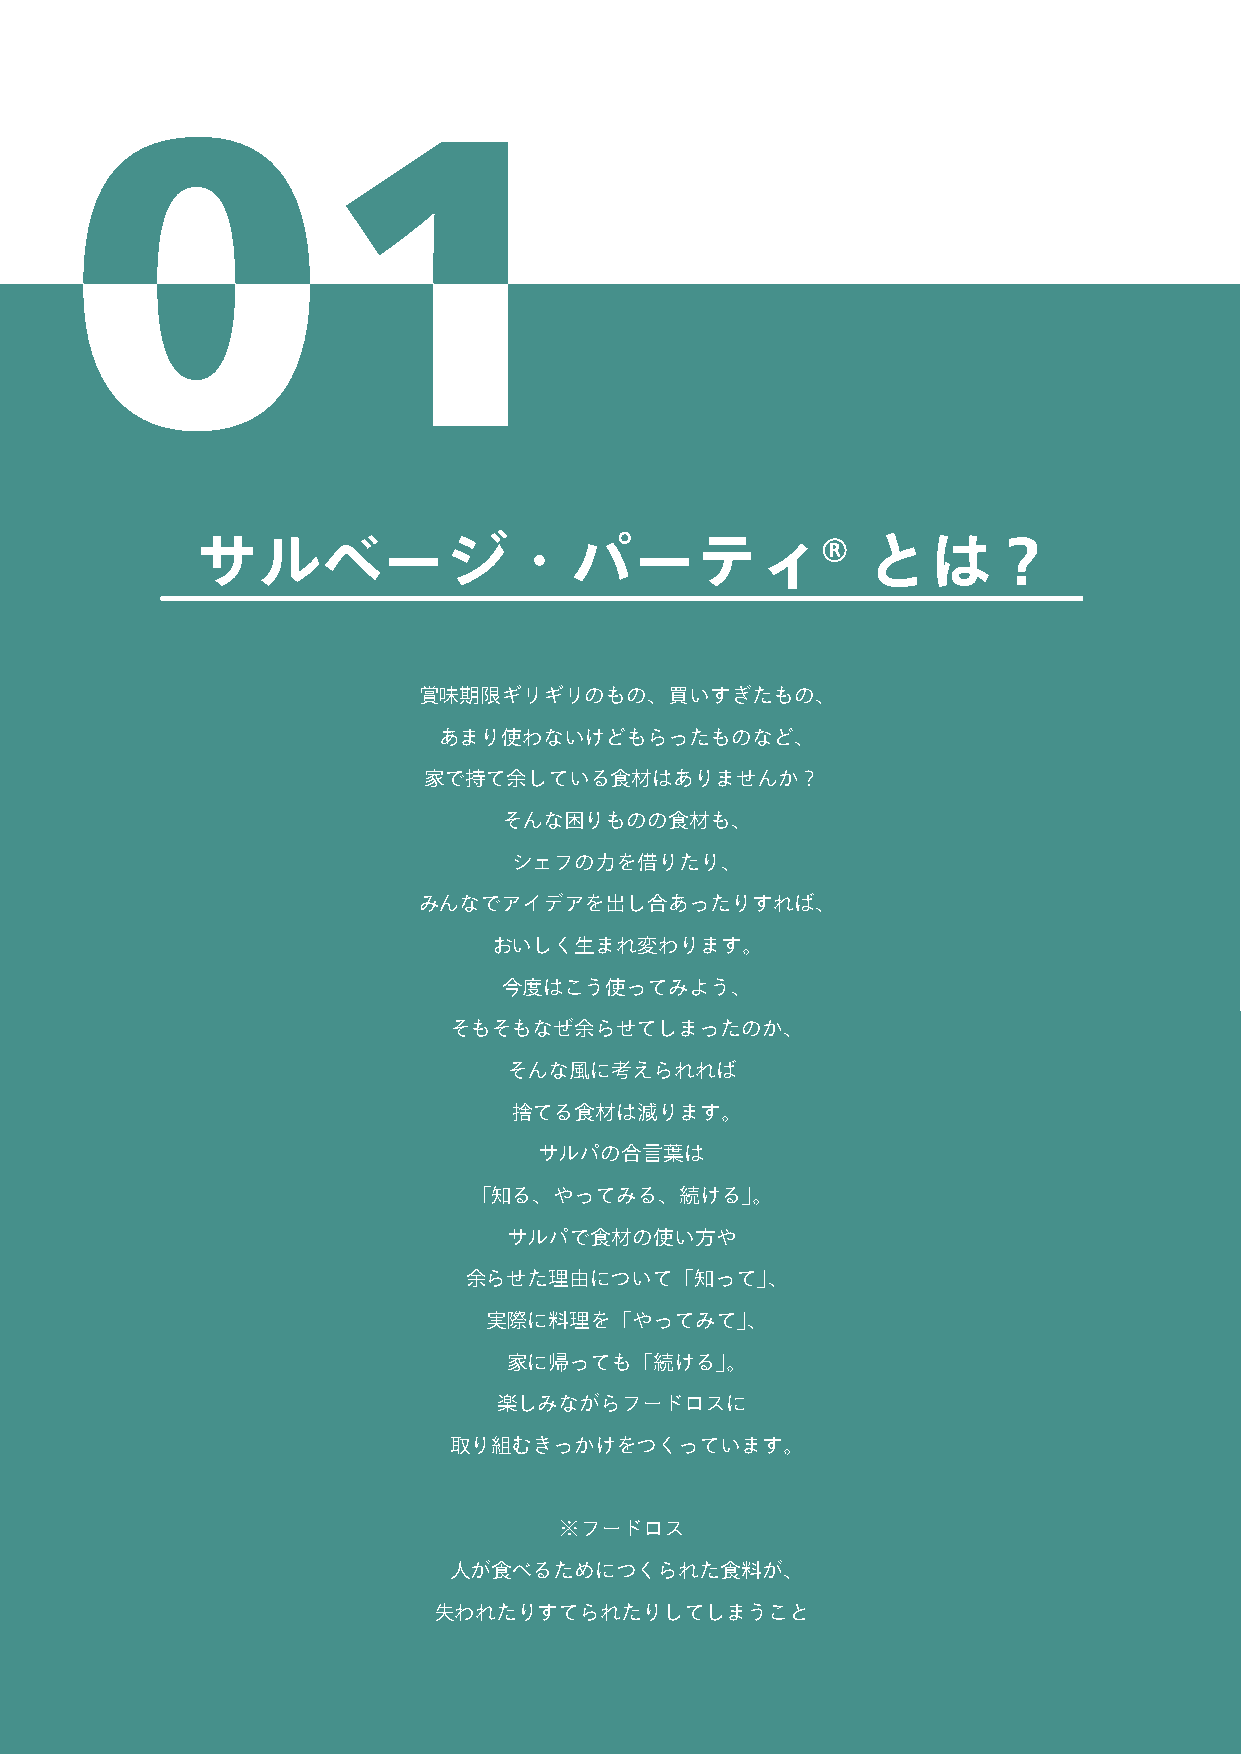
サルベージ・パーティ®                                 とは？
 賞味期限ギリギリのもの、買いすぎたもの、
 あまり使わないけどもらったものなど、
 家で持て余している食材はありませんか？
 そんな困りものの食材も、
 シェフの力を借りたり、
 みんなでアイデアを出し合あったりすれば、
 おいしく生まれ変わります。
 今度はこう使ってみよう、
 そもそもなぜ余らせてしまったのか、
 そんな風に考えられれば
 捨てる食材は減ります。
 サルパの合言葉は
 「知る、やってみる、続ける」。
 サルパで食材の使い方や
 余らせた理由について「知って」、
 実際に料理を「やってみて」、
 家に帰っても「続ける」。
 楽しみながらフードロスに
 取り組むきっかけをつくっています。
 ※フードロス
 人が食べるためにつくられた食料が、
 失われたりすてられたりしてしまうこと